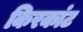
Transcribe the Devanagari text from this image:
किरकांट